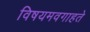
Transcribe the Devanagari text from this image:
विषयमवगाहते